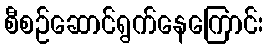
စီစဉ်ဆောင်ရွက်နေကြောင်း